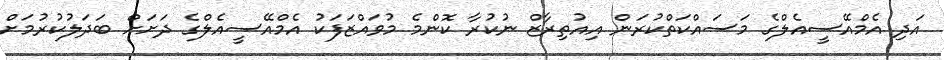
އަދި އެމްއޭސީއެލްގެ މަސައްކަތްކުރަން އިއުތިރާޒް ނުކުރާ ކޮންމެ މުވައްޒަފަކު އެމްއޭސީއެލްގެ ދަށަށް ބަދަލުކުރުމަށް